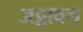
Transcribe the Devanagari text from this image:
अठ्ठावन